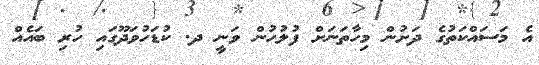
އެ މަސައްކަތުގެ ދަށުން މިހާތަނަށް ފުލުހުން ވަނީ ދ. ކުޑަހުވަދޫގައި ހުރި ބައެއް